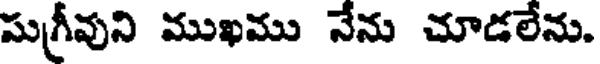
సుగ్రీవుని ముఖము నేను చూడలేను.